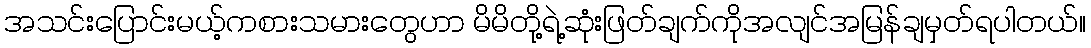
အသင်းပြောင်းမယ့်ကစားသမားတွေဟာ မိမိတို့ရဲ့ဆုံးဖြတ်ချက်ကိုအလျင်အမြန်ချမှတ်ရပါတယ်။